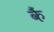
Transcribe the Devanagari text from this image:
कैं